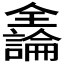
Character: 𫤍